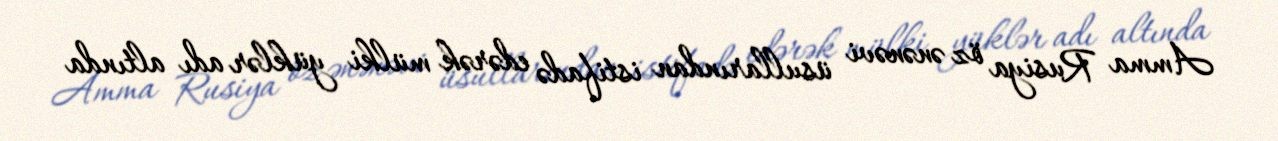
Amma Rusiya öz ənənəvi üsullarından istifadə edərək mülki yüklər adı altında